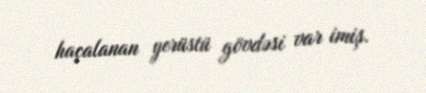
haçalanan yerüstü gövdəsi var imiş.